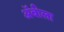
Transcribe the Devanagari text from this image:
अॅबीला